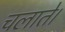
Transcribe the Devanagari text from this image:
चलाते।